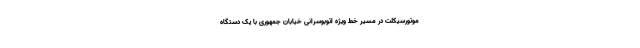
موتورسیکلت در مسیر خط ویژه اتوبوسرانی خیابان جمهوری با یک دستگاه